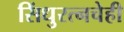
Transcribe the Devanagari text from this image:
सिंधुरत्नचेही